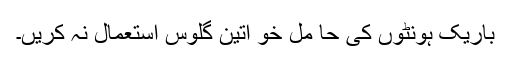
باریک ہونٹوں کی حا مل خو اتین گلوس استعمال نہ کریں۔